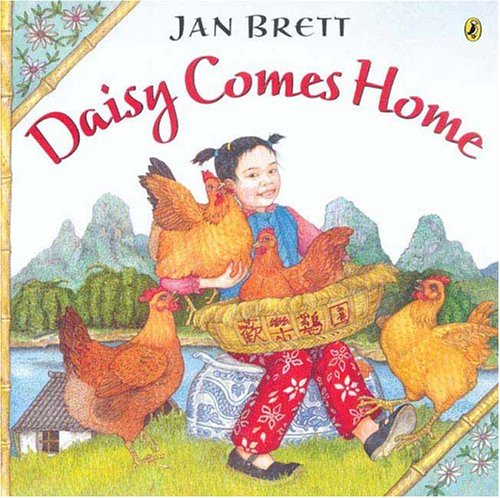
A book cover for Daisy Comes Home; Jan Brett; Children's Books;